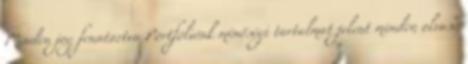
Minden jog fenntartva Portfóliónk minőségi tartalmat jelent minden olvasó